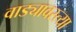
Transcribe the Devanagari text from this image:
वाड्यावस्त्या